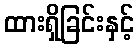
ထားရှိခြင်းနှင့်